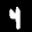
Label: 4